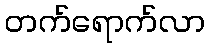
တက်ရောက်လာ